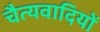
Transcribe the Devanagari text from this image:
चैत्यवादियों